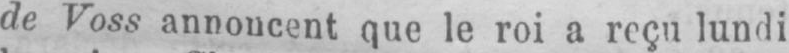
de Voss annoncent que le roi a reçu lundi